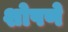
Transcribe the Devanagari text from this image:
शोषणे